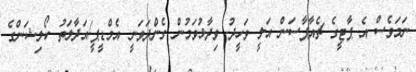
ނަމަވެސް އެ ޕާޓީގެ ޗެއާޕާސަން އަލީ ވަހީދު ވިދާޅުވަމުން ގެންދަވަނީ އެމްޑީޕީ/އަދާލަތު ކޯލިޝަންގެ